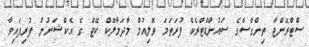
ސްޓްރޭންޖާ ތިންގްސްގެ ސައުންޑްޓްރެކް ފުރަތަމަ ވޮލިއުމް މާދަމާލޫކް ކޭޖް ގެ އެކްޝަނުން ފުރިފައިވާ